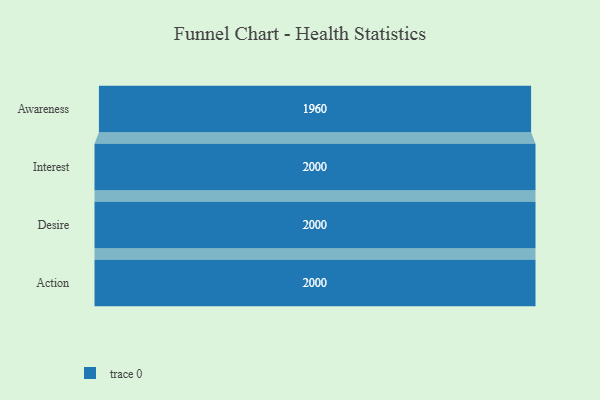
{"axis": {"x": "Stage", "y": "Value"}, "legend": [""], "data": [{"x": "Awareness", "y": 1960.0, "type": ""}, {"x": "Interest", "y": 2000, "type": ""}, {"x": "Desire", "y": 2000, "type": ""}, {"x": "Action", "y": 2000, "type": ""}]}